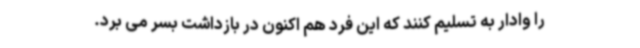
را وادار به تسلیم کنند که این فرد هم اکنون در بازداشت بسر می برد.